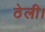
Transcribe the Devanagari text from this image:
ठेली।